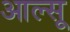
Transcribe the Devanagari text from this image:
आल्सू